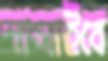
শাসাইবে